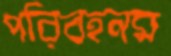
পরিবহনম